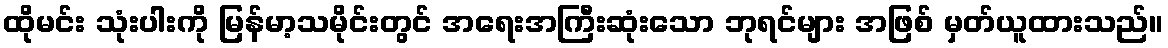
ထိုမင်း သုံးပါးကို မြန်မာ့သမိုင်းတွင် အရေးအကြီးဆုံးသော ဘုရင်များ အဖြစ် မှတ်ယူထားသည်။